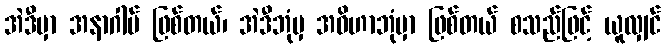
အဲဒီမှာ အနာဂါမ် ဖြစ်တယ်၊ အဲဒီဘုံမှ အဝိဟာဘုံမှာ ဖြစ်တယ် စသည်ဖြင့် ယူလျှင်